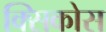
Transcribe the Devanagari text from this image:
क्सिकोस